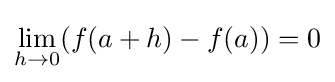
\lim _{h\to 0}(f(a+h)-f(a))=0